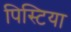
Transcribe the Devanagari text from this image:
पिस्टिया